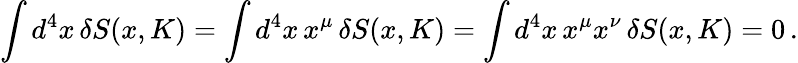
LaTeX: \int d^{4}x\, \delta S(x,K)=\int d^{4}x\, x^{\mu}\, \delta S(x,K)=\int d^{4}x\, x^{\mu}x^{\nu}\, \delta S(x,K)=0\, .